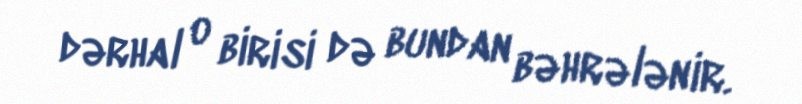
dərhal o birisi də bundan bəhrələnir.